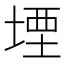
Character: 堙